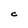
Character: C